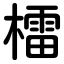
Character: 檑